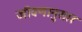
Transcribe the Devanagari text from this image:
जीवणानुसार